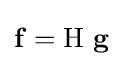
\mathbf {f} =\mathrm {H} ~\mathbf {g}